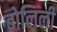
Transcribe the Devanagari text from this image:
बोलिली